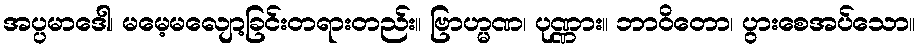
အပ္ပမာဒေါ၊ မမေ့မလျော့ခြင်းတရားတည်း။ ဗြာဟ္မဏ၊ ပုဏ္ဏား။ ဘာဝိတော၊ ပွားစေအပ်သော။